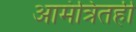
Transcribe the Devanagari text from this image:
आमंत्रितही